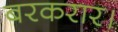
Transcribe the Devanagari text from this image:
बरकरार।